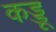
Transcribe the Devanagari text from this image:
कड्डू